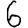
Digit: 6